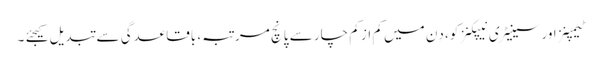
ٹیمپنز اور سینیٹری نیپکنز کو، دِن میں کم از کم چار سے پانچ مرتبہ، باقاعدگی سے تبدیل کیجئے ۔